Lunatic asylums in Bengal annual reports 1888-1898 - 1888-1898
Year: 1888
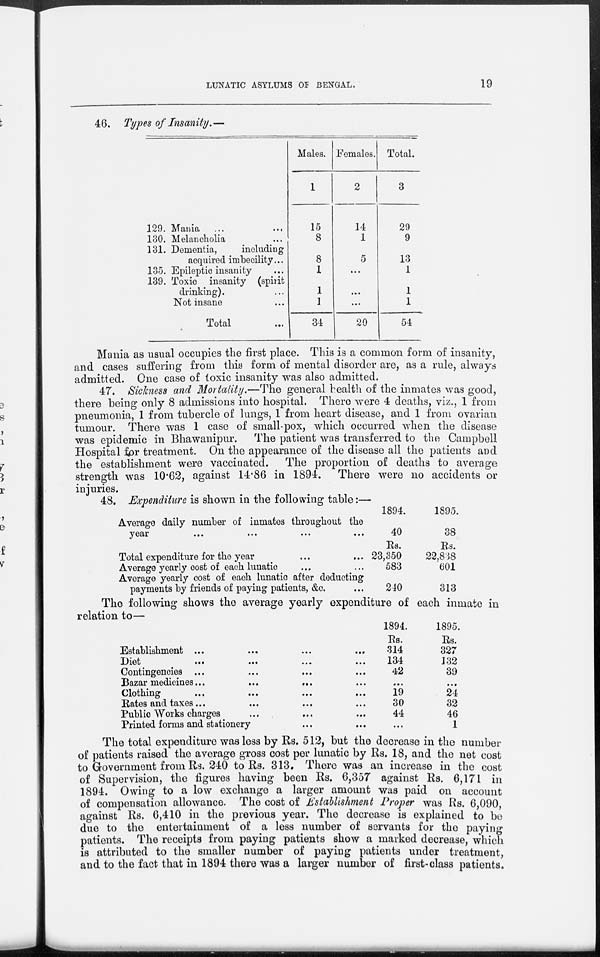
LUNATIC ASYLUMS OF BENGAL.
19
46. Types of Insanity.—
129. Mania ... ...
130. Melancholia ...
131. Dementia,
including
acquired imbecility...
135. Epileptic insanity ...
139. Toxic insanity (spirit
drinking). ...
Not insane ...
Total ...
Males.
1
15
8
8
1
1
1
34
Females.
2
14
1
5
...
...
...
20
Total.
3
29
9
13
1
1
1
54
Mania as usual occupies the first place. This is a common form of insanity,
and cases suffering from this form of mental disorder are, as a rule, always
admitted. One case of toxic insanity was also admitted.
47. Sickness and Mortality.—The general health of the inmates was good,
there being only 8 admissions into hospital. There were 4 deaths, viz., 1 from
pneumonia, 1 from tubercle of lungs, 1 from heart disease, and 1 from ovarian
tumour. There was 1 case of small-pox, which occurred when the disease
was epidemic in Bhawanipur. The patient was transferred to the Campbell
Hospital for treatment. On the appearance of the disease all the patients and
the establishment were vaccinated. The proportion of deaths to average
strength was 10.62, against 14.86 in 1894. There were no accidents or
injuries.
48. Expenditure is shown in the following table :—
Average daily number of inmates throughout the
year
...
...
...
...
Total expenditure for the year ... ...
Average yearly cost of each lunatic... ...
Average yearly cost of each lunatic after deducting
payments by friends of paying patients, &c. ...
1894.
40
Rs.
23,350
583
240
1895.
38
Rs.
22,838
601
313
The following shows the average yearly expenditure of each inmate in
relation to—
Establishment
...
...
...
...
Diet
...
...
...
...
Contingencies ... ... ...
Bazar medicines... ... ... ...
Clothing ... ... ... ...
Rates and taxes... ... ... ...
Public Works charges ... ... ...
Printed forms and stationery ... ...
1894.
Rs.
314
134
42
...
19
30
44
...
1895.
Rs.
327
132
39
...
24
32
46
1
The total expenditure was less by Rs. 512, but the decrease in the number
of patients raised the average gross cost per lunatic by Rs. 18, and the net cost
to Government from Rs. 240 to Rs. 313. There was an increase in the cost
of Supervision, the figures having been Rs. 6,357 against Rs. 6,171 in
1894. Owing to a low exchange a larger amount was paid on account
of compensation allowance. The cost of Establishment Proper was Rs. 6,090,
against Rs. 6,410 in the previous year. The decrease is explained to be
due to the entertainment of a less number of servants for the paying
patients. The receipts from paying patients show a marked decrease, which
is attributed to the smaller number of paying patients under treatment,
and to the fact that in 1894 there was a larger number of first-class patients.